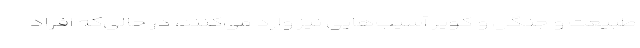
طبیعت و جنگل و کویر آسیب‌هایی نیز وارد می‌کنند، در حالی‌که افراد